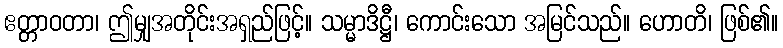
ဧတ္တာဝတာ၊ ဤမျှအတိုင်းအရှည်ဖြင့်။ သမ္မာဒိဋ္ဌီ၊ ကောင်းသော အမြင်သည်။ ဟောတိ၊ ဖြစ်၏။